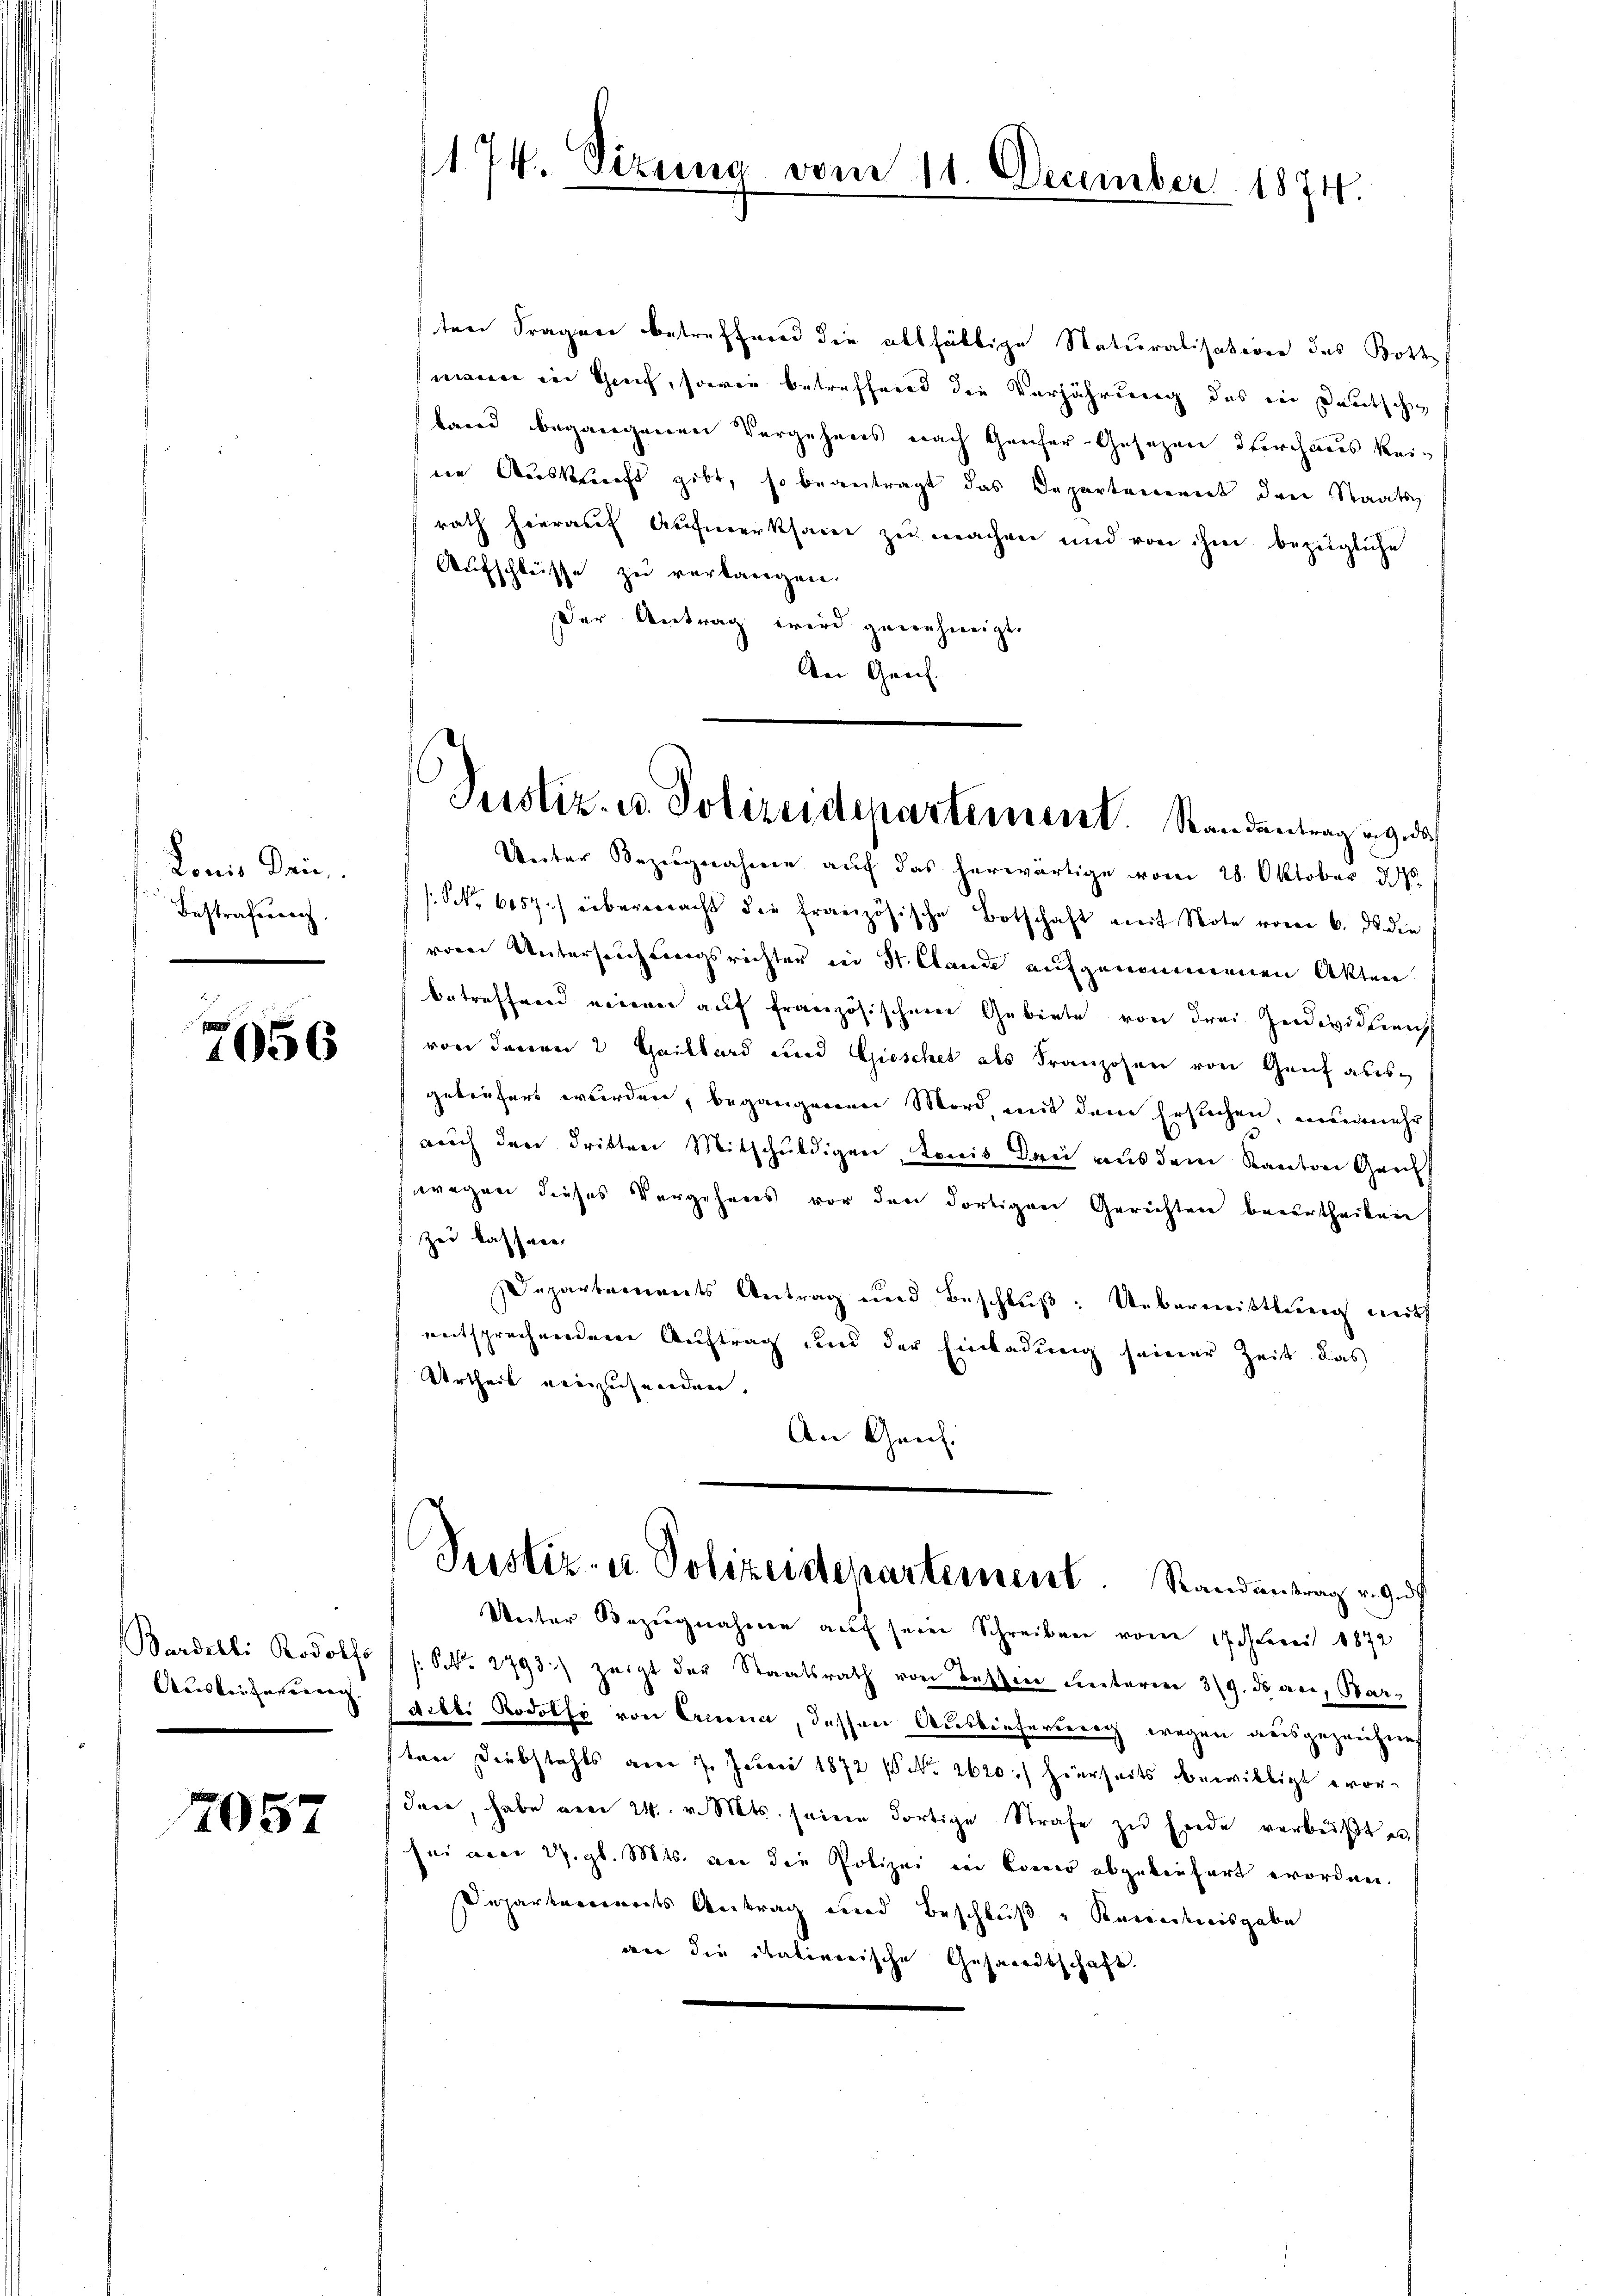
Lonis Dri
Bestrafung.

e
1056

Bardelli Rodolf
Auiskeiterereng. |

2057

trer Fragen betreffend die althältige Staturalisation des Both
mann in Greif, sowie betreffend die Verjährung des ein Deutsche
band begangenen Vergehenes nach Genfer-Gesezen durchaus keine Auskunft gibt, so beantragt das Departement den Staats
rath hierauf Aufmerksam zu machen und von ihm bezügliche
Aufschlüsse zu verlangen.
Der Antrag wird genehmigt.
An Genf.

174. Sizung vom 11. December 1874.

Justiz- u. Polizeidepartement. Standantragen, das

Unter Bezugnahme auf das herwärtige vom 28. Oktober d. M.
(Nr. 6057.) überwacht die französische Botschaft mit Note vom 6. ds die
vom Untersuchtungsrichter in St. Claude aufgenommenen Akten
betreffend einen auf französischen Gebiete von drei Individuensch
von denen 2 Heilbard und Gieschet als Franzosen von Genf abere
geliefert wurden, begangenen Mord mit dem Ersuchen, nunmehr
auch den dritten Mitschuldigen, konis Bei aus dem Kanton Griff
wegen dieses Vorgehens vor den dortigen Gerichten berurtheilen
Zei kassene
Departements Antrag und Beschlŭβ: Uebermittlung mit
entsprechnenden Auftrag und der Einladung seiner Zeit das
Urtheil einzusenden.
An Geich.
Pustiz- u. Polizeidepartement. Randantrag v. 9. d.
Unter Bezugnahme auf sein Schreiben vom 17. der 1872
7 s. S. 2793) zeigt der Staatsrath von Tessin unterm 3/9. ds an, Bardilb. Rodolfi von Ernena, dessen Auslieferberg wegen ausgezeichnes
sten Diebstahls am 7. Juni 1872 ( No. 2620.) hierseits bewilligt evor-
den, habe am 24. v. Mts. seine dortige Strafe zu Ende verbüßt u.
sei aber 27. gl. Mts. vor die Polizei in Bonner abgebenfert worden.
Departements Antrag und Beschluß u Kenntnisgabe
wie die Italinerische Gesandtschaft.